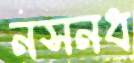
নসনধ